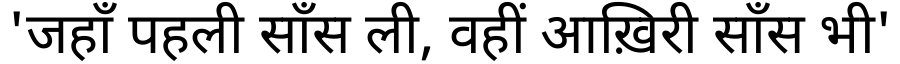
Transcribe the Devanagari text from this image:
'जहाँ पहली साँस ली, वहीं आख़िरी साँस भी'